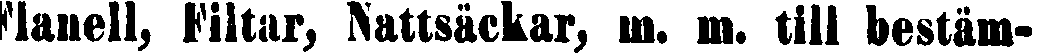
Flanell, Filtar, Nattsäckar, m. m. till bestäm-